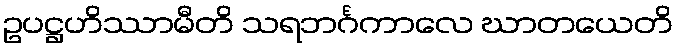
ဥပဋ္ဌဟိဿာမီတိ သရဘင်္ဂကာလေ ဃာတယေတိ